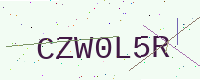
Text: CZW0L5R